Scottish Leaving Certificate Examination, 1961
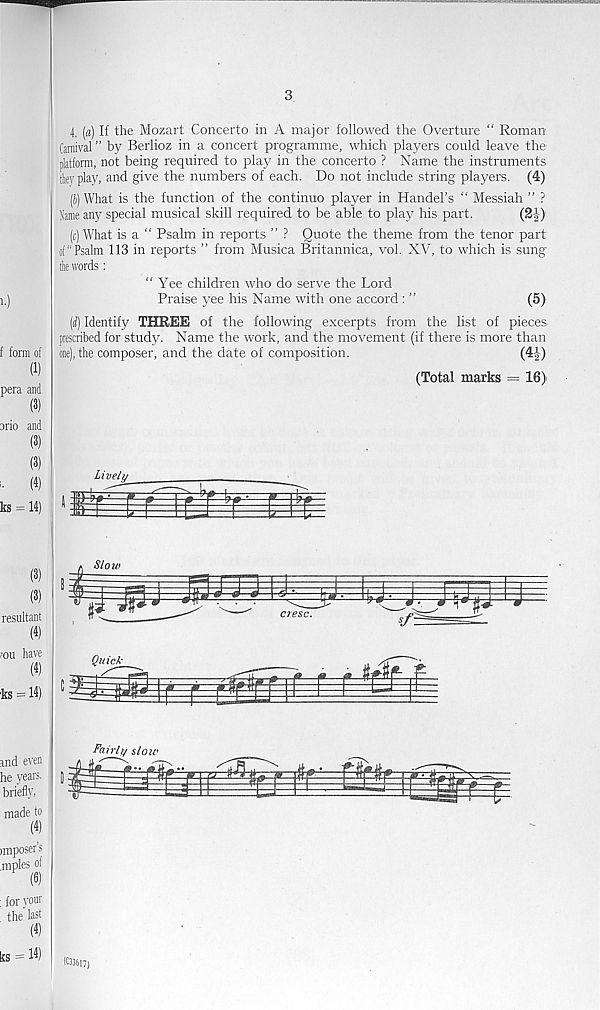
3
i.)
f form of
(1)
pera and
(3)
4. (a) If the Mozart Concerto in A major followed the Overture “ Roman
Carnival ” by Berlioz in a concert programme, which players could leave the
platform, not being required to play in the concerto ? Name the instruments
they play, and give the numbers of each. Do not include string players. (4)
(h) What is the function of the continue player in Handel’s " Messiah ” ?
Same any special musical skill required to be able to play his part.
(2|)
(c) What is a " Psalm in reports ” ? Quote the theme from the tenor part
of “Psalm 113 in reports ” from Musica Britannica, vol. XV, to which is sung
tire words:
“ Yee children who do serve the Lord
Praise yee his Name with one accord: ”
(5)
(<f) Identify THREE of the following excerpts from the list of pieces
prescribed for study. Name the work, and the movement (if there is more than
one), the composer, and the date of composition.
(4|)
(Total marks = 16):
orio and
(3)
ks = 14)
Lively
(3)
(3)
resultant
(4)
/ou have
(4)
'ks = 14)
and even
he years,
briefly,
made to
(4)
imposer’s
.mples of
(6)
fairly slow
: for yoW
the lad
(4)
ks = 14) (033617)